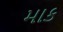
માક